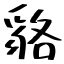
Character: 貉